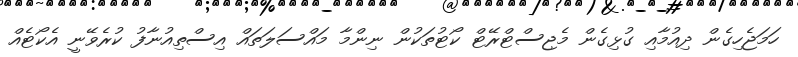
ހަމަޖެހިގެން ދިއުމާއި ގުޅިގެން މެޖިސްޓްރޭޓް ކޯޓުތަކުން ނިންމާ މައްސަލަތައް އިސްތިއުނާފު ކުރެވޭނީ އެކޯޓެއް